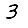
Digit: 3